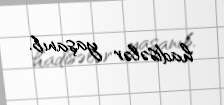
hadisələr yaşanıb.